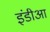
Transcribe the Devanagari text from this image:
इंडीआ